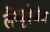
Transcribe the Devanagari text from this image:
लैंग्यूऐजेज